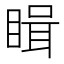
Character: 䁒